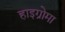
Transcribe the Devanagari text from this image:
हाइग्रोमा